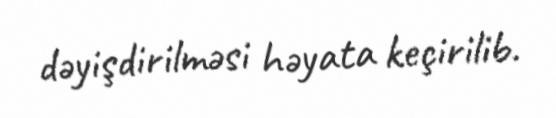
dəyişdirilməsi həyata keçirilib.